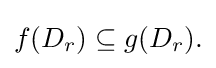
\displaystyle {f(D_{r})\subseteq g(D_{r}).}